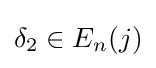
\delta _{2}\in E_{n}(j)